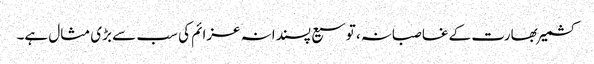
کشمیر بھارت کے غاصبانہ، توسیع پسندانہ عزائم کی سب سے بڑی مثال ہے۔